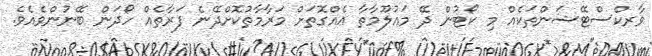
ވާރކްސްޓޭޝަންތަކެއް މި ކޯޓުން ދޭ މަޢުލޫމާތާ އެއްގޮތަށް މަރާމާތުކޮށްދޭނެ ފަރާތެއް ހޯދަން ބޭނުންވެއެވެ.